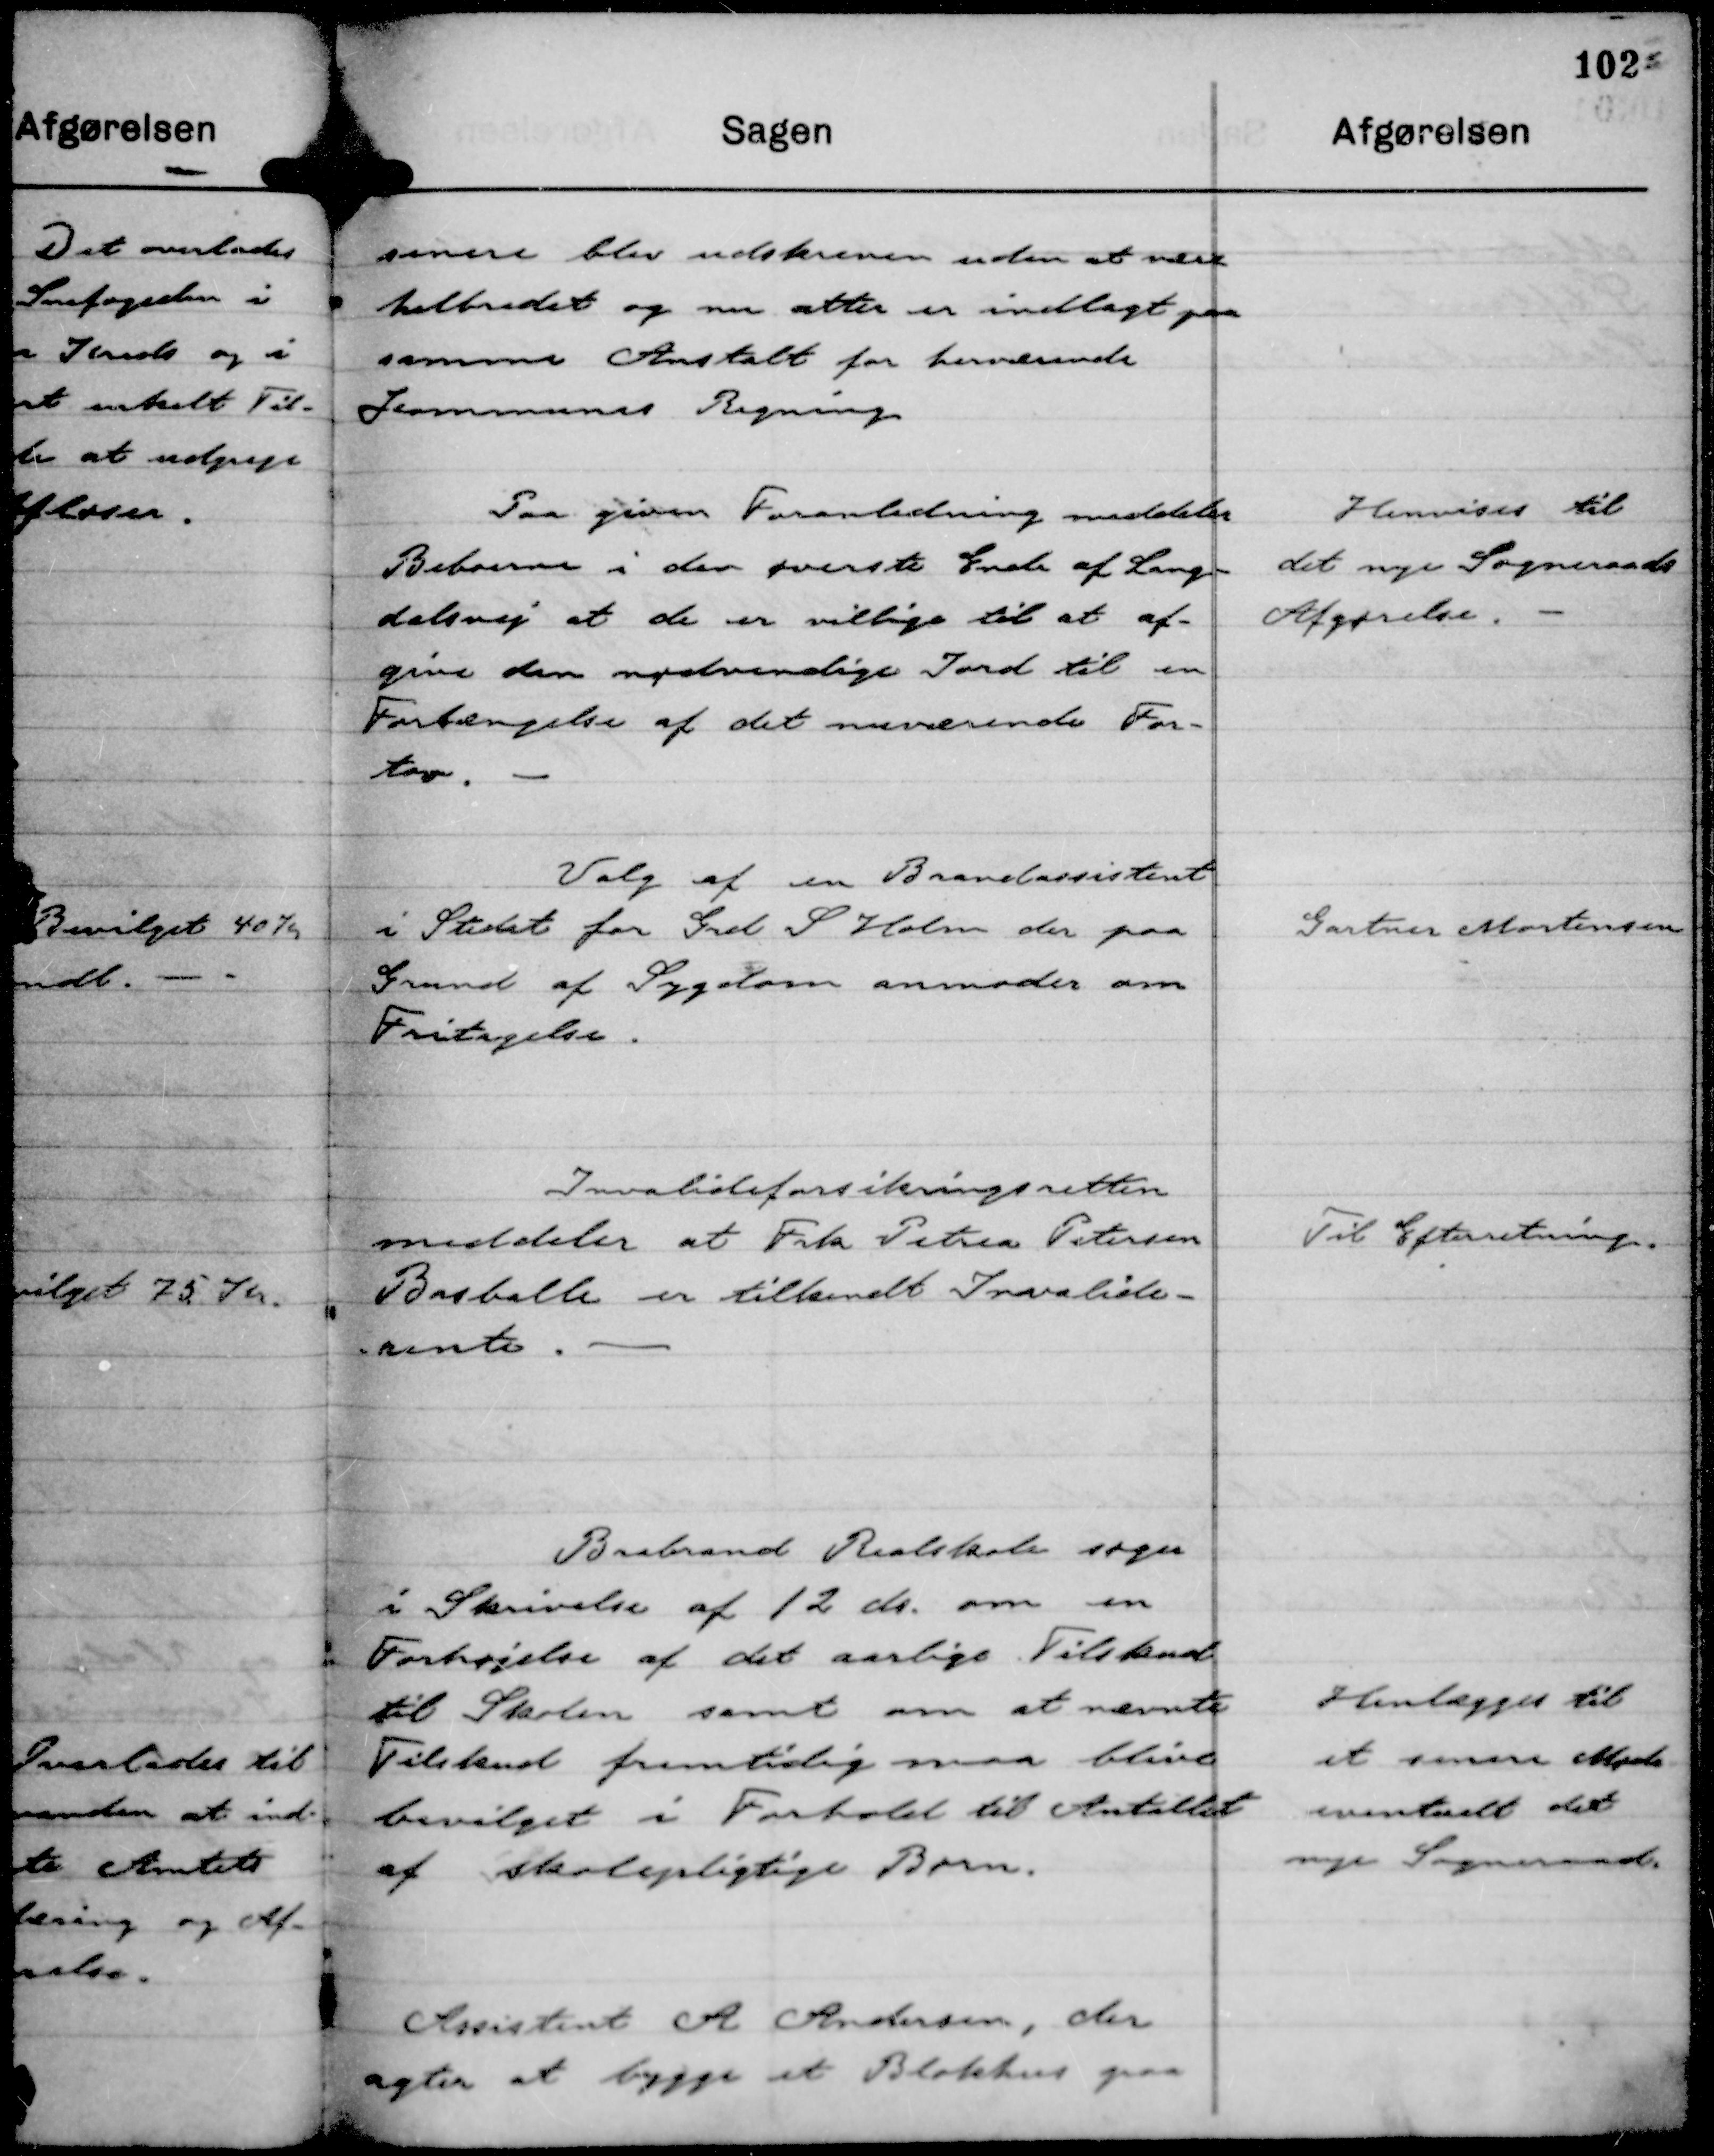
Transskription:
senere blev udskreven uden at være
helbredet og nu atter er indlagt paa
samme Anstalt for herværende
Kommunes Regning

Paa given Foranledning meddeler
Beboerne i den øverste Ende af Lang-
dalsvej at de er villige til at af-
give den nødvendige Jord til en
Forlængelse af det nuværende For-
tov.

Henvises til
det nye Sogneraads
Afgørelse.

Valg af en Brandassistent
i Stedet for Grd S Holm der paa
Grund af Sygdom anmoder om
Fritagelse.

Gartner Mortensen

Invalideforsikringsretten
meddeler at Frk Petrea Petersen
Basballe er tilkendt Invalide-
rente.

Til Efterretning.

Brabrand Realskole søger
i Skrivelse af 12 ds om en
Forhøjelse af det aarlige Tilskud
til Skolen samt om at nævnte
Tilskud fremtidig maa blive
bevilget i Forhold til Antallet
af skolepligtige Børn.

Henlægges til
et senere Møde
eventuelt det
nye Sogneraad.

Assistent A Andersen, der
agter at bygge et Blokhus paa